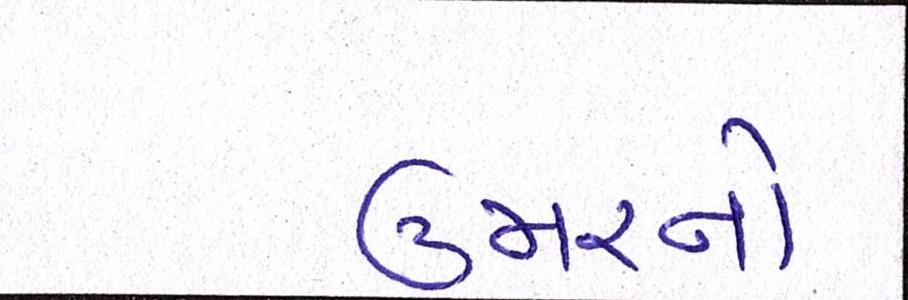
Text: ઉંમરનો